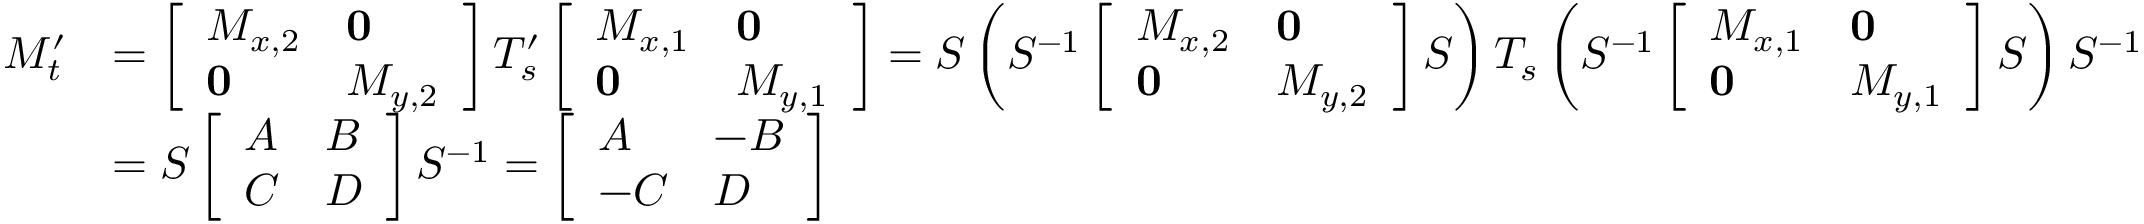
\begin{array} { r l } { M _ { t } ^ { \prime } } & { = \left[ \begin{array} { l l } { M _ { x , 2 } } & { \mathbf { 0 } } \\ { \mathbf { 0 } } & { M _ { y , 2 } } \end{array} \right] T _ { s } ^ { \prime } \left[ \begin{array} { l l } { M _ { x , 1 } } & { \mathbf { 0 } } \\ { \mathbf { 0 } } & { M _ { y , 1 } } \end{array} \right] = S \left( S ^ { - 1 } \left[ \begin{array} { l l } { M _ { x , 2 } } & { \mathbf { 0 } } \\ { \mathbf { 0 } } & { M _ { y , 2 } } \end{array} \right] S \right) T _ { s } \left( S ^ { - 1 } \left[ \begin{array} { l l } { M _ { x , 1 } } & { \mathbf { 0 } } \\ { \mathbf { 0 } } & { M _ { y , 1 } } \end{array} \right] S \right) S ^ { - 1 } } \\ & { = S \left[ \begin{array} { l l } { A } & { B } \\ { C } & { D } \end{array} \right] S ^ { - 1 } = \left[ \begin{array} { l l } { A } & { - B } \\ { - C } & { D } \end{array} \right] } \end{array}